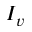
I _ { v }